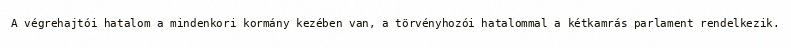
A végrehajtói hatalom a mindenkori kormány kezében van, a törvényhozói hatalommal a kétkamrás parlament rendelkezik.